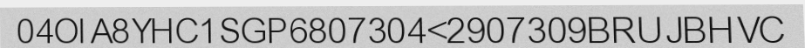
04OIA8YHC1SGP6807304<2907309BRUJBHVC